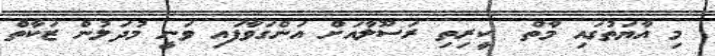
މި އާޔަތުގައި މާތް  ކީރިތި ރަސޫލާއަށް އަންގަވާފައި ވަނީ މުދަލުން ޒަކާތް